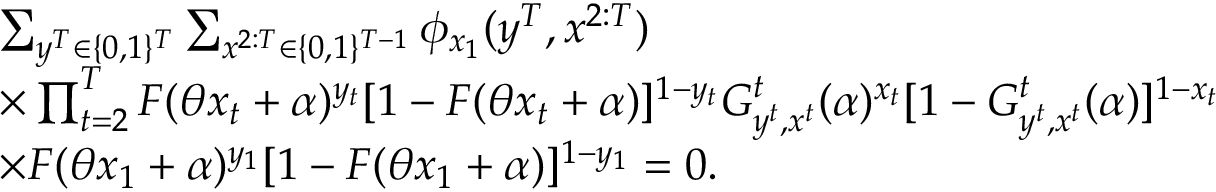
\begin{array} { r l } & { \sum _ { y ^ { T } \in \{ 0 , 1 \} ^ { T } } \sum _ { x ^ { 2 : T } \in \{ 0 , 1 \} ^ { T - 1 } } \phi _ { x _ { 1 } } ( y ^ { T } , x ^ { 2 : T } ) } \\ & { \times \prod _ { t = 2 } ^ { T } F ( \theta x _ { t } + \alpha ) ^ { y _ { t } } [ 1 - F ( \theta x _ { t } + \alpha ) ] ^ { 1 - y _ { t } } G _ { y ^ { t } , x ^ { t } } ^ { t } ( \alpha ) ^ { x _ { t } } [ 1 - G _ { y ^ { t } , x ^ { t } } ^ { t } ( \alpha ) ] ^ { 1 - x _ { t } } } \\ & { \times F ( \theta x _ { 1 } + \alpha ) ^ { y _ { 1 } } [ 1 - F ( \theta x _ { 1 } + \alpha ) ] ^ { 1 - y _ { 1 } } = 0 . } \end{array}